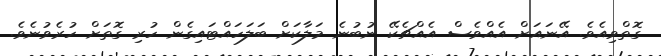
ގޮތްވިއެވެ. އޭނައަށް އެއްވެސް އެއްޗެކޭ ނުބުނެ މަލާކަަށް ބަލަހައްޓައިގެން ހުރި ގޮތަށް ހުރެވުނެވެ.